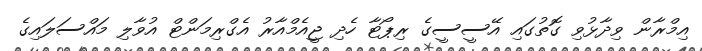
އިމްރާން ވިދާޅުވި ގޮތުގައި އޭސީސީގެ ރިޕޯޓާ ހެދި ޖީއެމްއާރު އެގްރިމަންޓް އުވާލި މައްސަލައިގެ